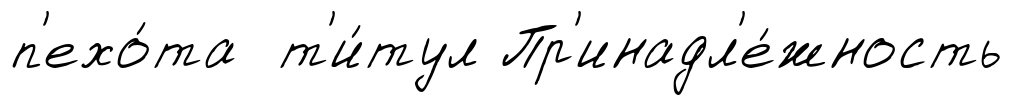
п'ехо́та т'и́тул Пр'инадл'е́жность